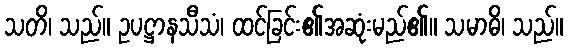
သတိ၊ သည်။ ဥပဋ္ဌာနသီသံ၊ ထင်ခြင်း၏အဆုံးမည်၏။ သမာဓိ၊ သည်။